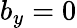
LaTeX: b_{y}=0